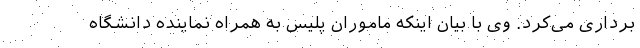
برداری می‌کرد. وی با بیان اینکه ماموران پلیس به همراه نماینده دانشگاه